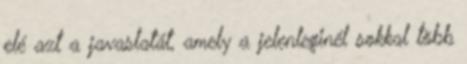
elé azt a javaslatát, amely a jelenleginél sokkal több